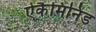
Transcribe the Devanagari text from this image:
ऐकैमिनिड